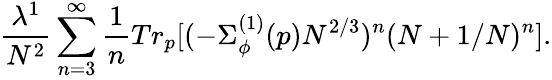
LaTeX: \frac{\lambda^{1}}{N^{2}}\sum_{n=3}^{\infty}\frac{1}{n}Tr_{p}[(-\Sigma_{\phi}^{(1)}(p)N^{2/3})^{n}(N+1/N)^{n}].